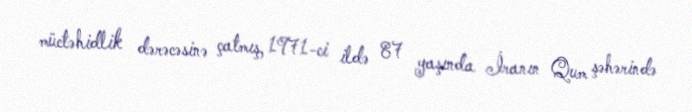
müctəhidlik dərəcəsinə çatmış, 1971-ci ildə 87 yaşında İranın Qum şəhərində